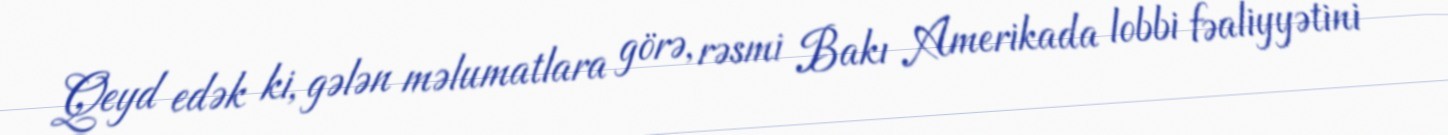
Qeyd edək ki, gələn məlumatlara görə, rəsmi Bakı Amerikada lobbi fəaliyyətini